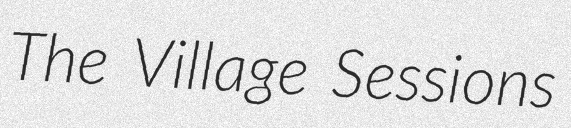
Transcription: The Village Sessions